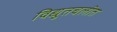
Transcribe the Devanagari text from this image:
विद्युतचलीत